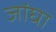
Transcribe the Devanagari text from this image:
जांघा